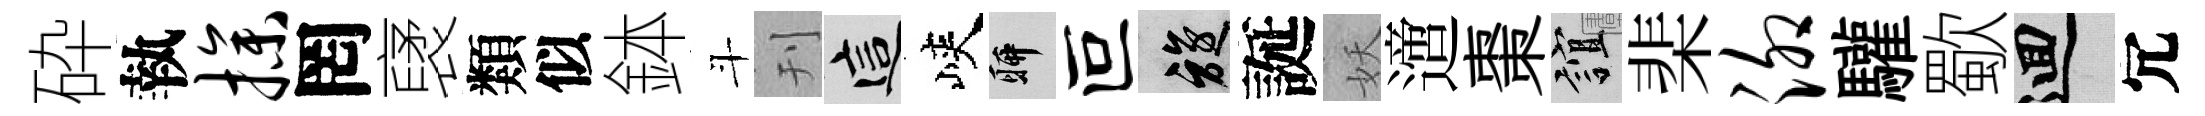
砕執操罔裦類似鉢斗刊這峽聊叵旋誕妖𨗁棗誼棐泖驩歜回冗